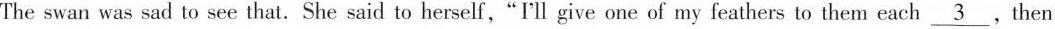
The swan was sad to see that.She said to herself,"I'll give one of my feathers to them each \underline{3},Then